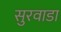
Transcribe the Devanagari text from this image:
सुरवाडा